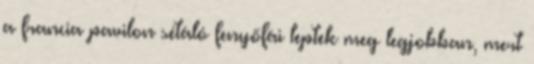
a francia pavilon sétáló fenyőfái leptek meg legjobban, mert